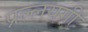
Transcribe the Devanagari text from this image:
प्रल्लयगी